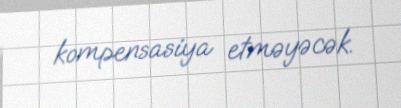
kompensasiya etməyəcək.